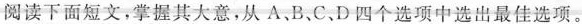
阅读下面短文，掌握其大意，从 A 、B、C、D四个选项中选出最佳选项。